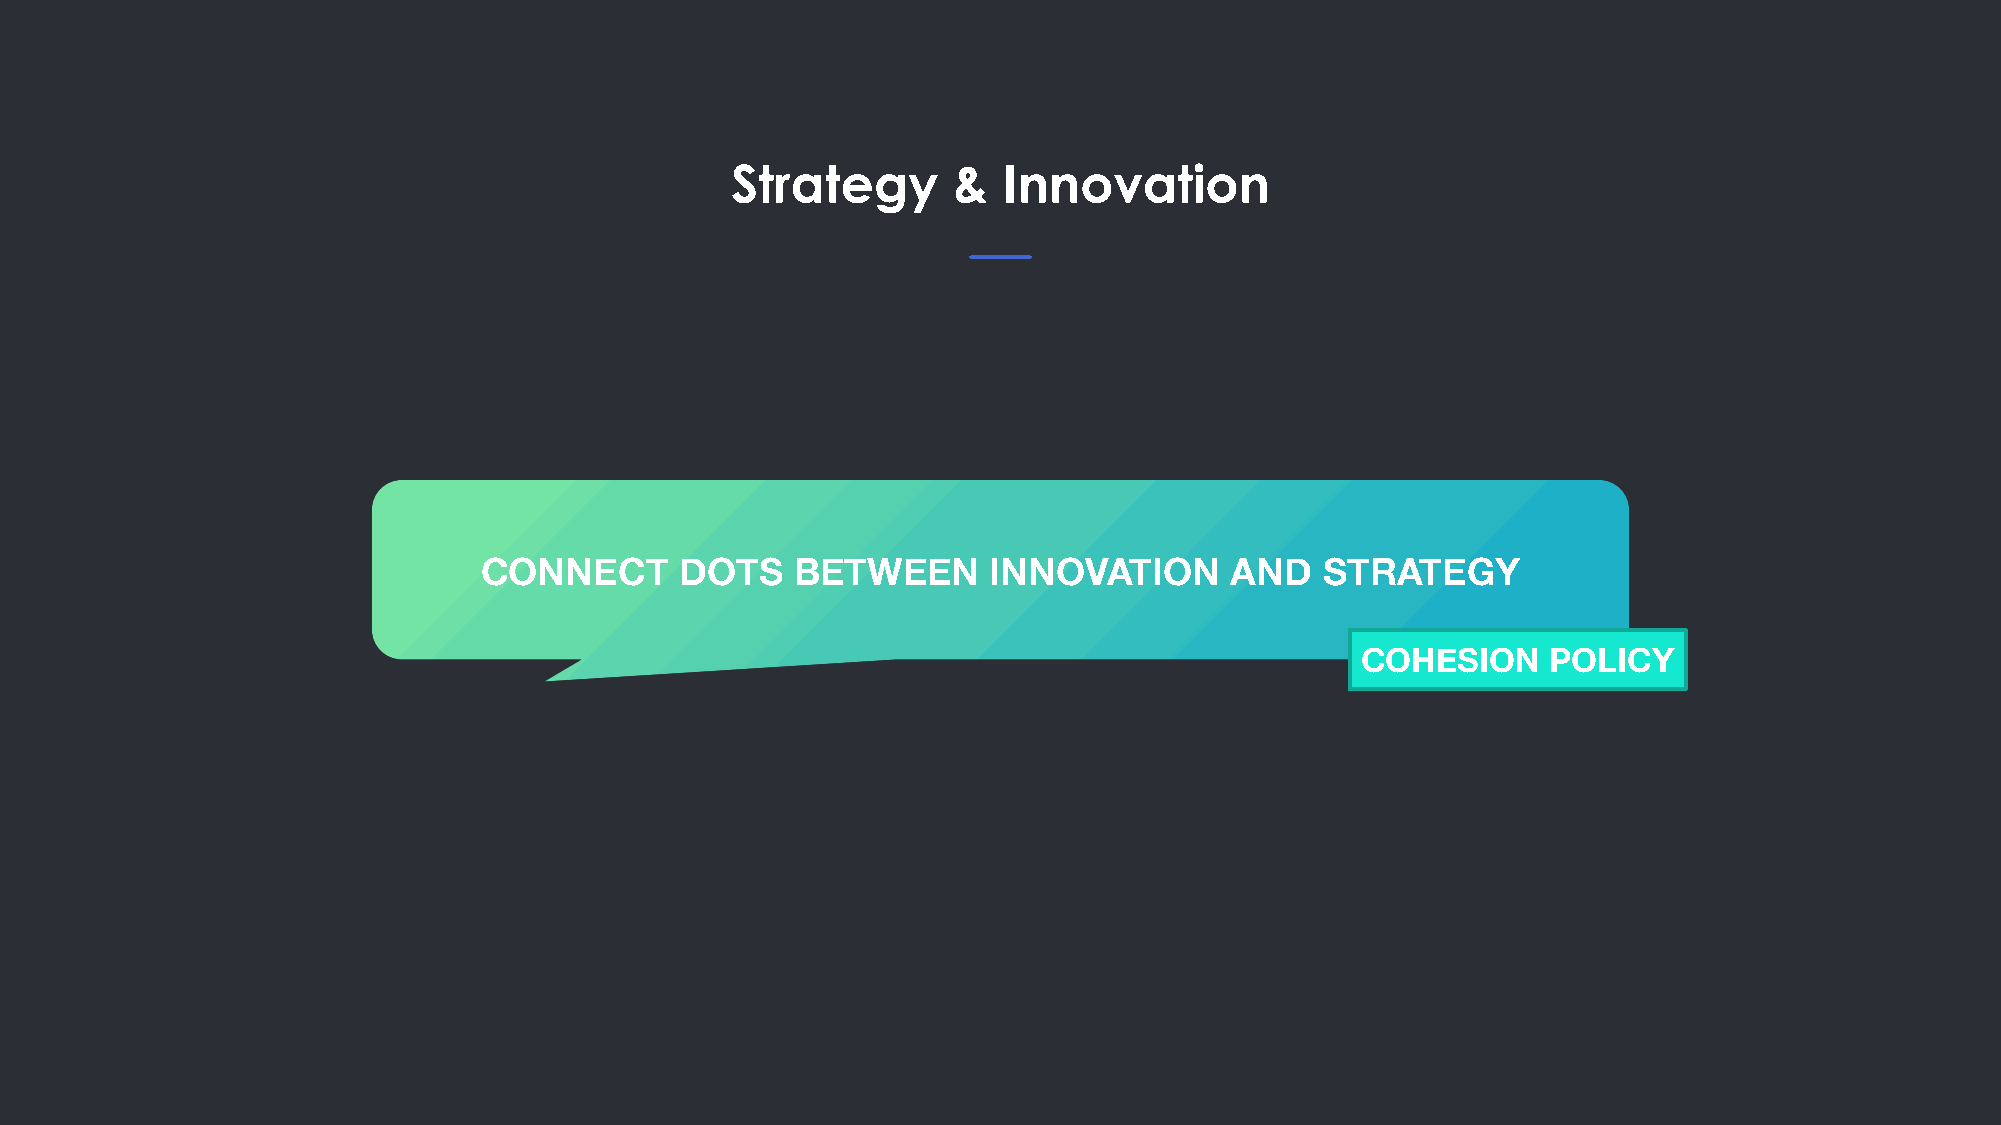
Strategy       &  Innovation
 CONNECT      DOTS    BETWEEN     INNOVATION      AND    STRATEGY
 COHESION     POLICY